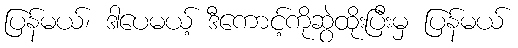
ပြန်မယ်၊ ဒါပေမယ့် ဒီကောင့်ကိုဆွဲထိုးပြီးမှ ပြန်မယ်